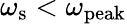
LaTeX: \omega_{\textrm{s}}<\omega_{\mathrm{peak}}